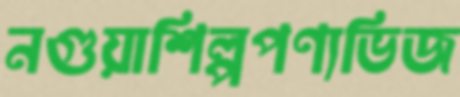
নগুয়াশিল্পপণ্যভিজ